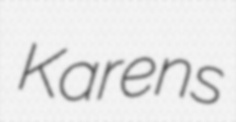
Karens